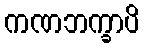
ကဏဘက္ခာပိ